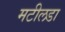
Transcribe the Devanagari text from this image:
मटीलडा